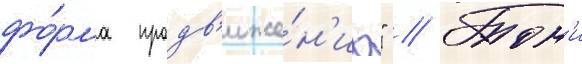
фо́рма продв'иже́н'иа" // Тон'и